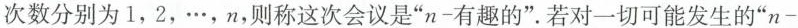
次数分别为1，2，…，n，则称这次会议是”$$n -